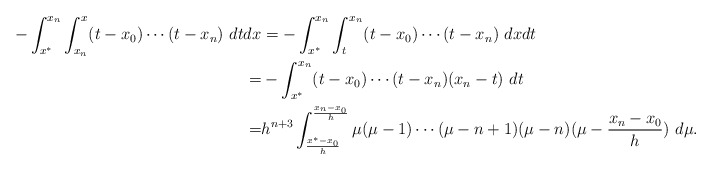
\begin{align*}\begin{aligned}-\int_{x^*}^{x_n} \int_{x_n}^{x} (t-x_0)\cdots(t-x_n)\ dtdx&=-\int_{x^*}^{x_n} \int_{t}^{x_n} (t-x_0)\cdots(t-x_n)\ dxdt\\=&-\int_{x^*}^{x_n} (t-x_0)\cdots(t-x_n)(x_n-t)\ dt\\=&h^{n+3}\int_{\frac{x^*-x_0}{h}}^{\frac{x_n-x_0}{h}} \mu(\mu-1)\cdots(\mu-n+1)(\mu-n)(\mu-\frac{x_n-x_0}{h})\ d\mu.\end{aligned}\end{align*}